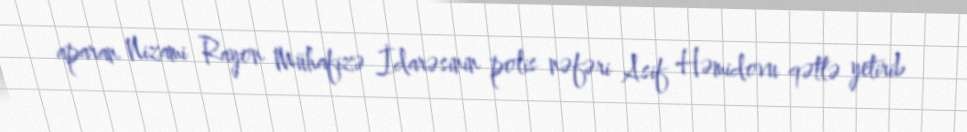
aparan Nizami Rayon Mühafizə İdarəsinin polis nəfəri Asif Həmidovu qətlə yetirib